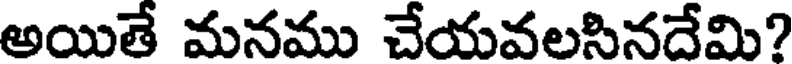
అయితే మనము చేయవలసినదేమి?